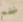
ضخم